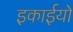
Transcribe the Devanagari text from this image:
इकाईयो